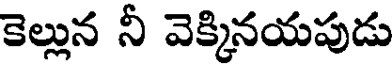
కెల్లున నీ వెక్కినయపుడు